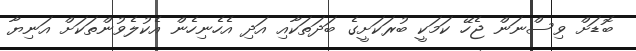
ބޮޑަށް ވިސްނަން ޖެހޭ ކަމަކީ ބުރަކަށީގެ ބަދަތަކާއި އަދި އެހެނިހެން އެކުލެވުންތަކަށް އަނިޔާ